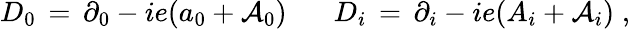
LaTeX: D_{0}\, =\, \partial_{0}-ie(a_{0}+{\mathcal A}_{0})\; \; \; \; \; \; D_{i}\, =\, \partial_{i}-ie(A_{i}+{\mathcal A}_{i})\; ,